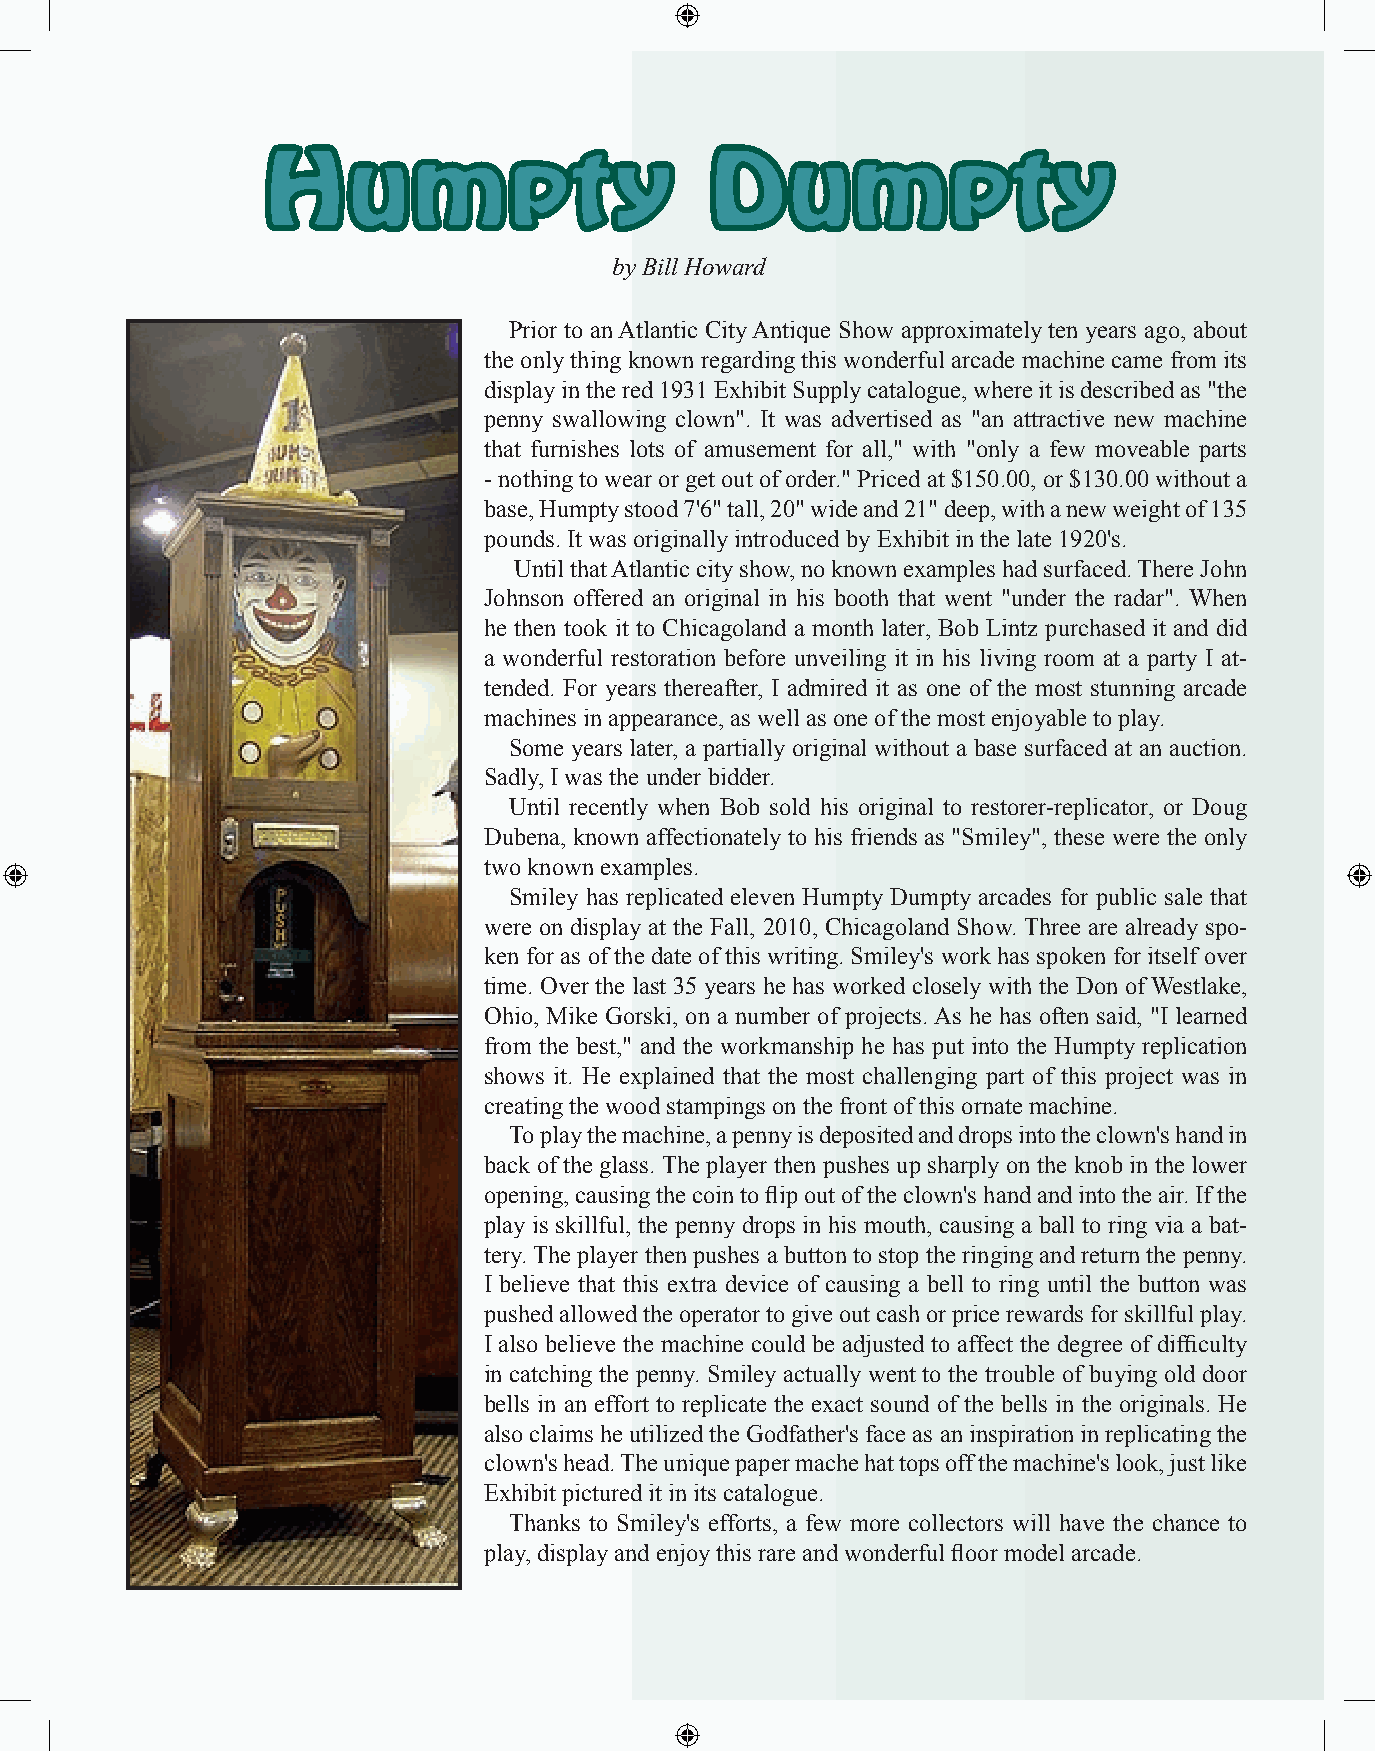
Humpty                       Dumpty
 by Bill Howard
 Prior to an Atlantic City Antique Show approximately ten years ago, about
 the only thing known regarding this wonderful arcade machine came from its
 display in the red 1931 Exhibit Supply catalogue, where it is described as "the
 penny swallowing clown". It was advertised as "an attractive new machine
 that furnishes lots of amusement for all," with "only a few moveable parts
 - nothing to wear or get out of order." Priced at $150.00, or $130.00 without a
 base, Humpty stood 7'6" tall, 20" wide and 21" deep, with a new weight of 135
 pounds. It was originally introduced by Exhibit in the late 1920's.
 Until that Atlantic city show, no known examples had surfaced. There John
 Johnson offered an original in his booth that went "under the radar". When
 he then took it to Chicagoland a month later, Bob Lintz purchased it and did
 a wonderful restoration before unveiling it in his living room at a party I at-
 tended. For years thereafter, I admired it as one of the most stunning arcade
 machines in appearance, as well as one of the most enjoyable to play.
 Some years later, a partially original without a base surfaced at an auction.
 Sadly, I was the under bidder.
 Until recently when Bob sold his original to restorer-replicator, or Doug
 Dubena, known affectionately to his friends as "Smiley", these were the only
 two known examples.
 Smiley has replicated eleven Humpty Dumpty arcades for public sale that
 were on display at the Fall, 2010, Chicagoland Show. Three are already spo-
 ken for as of the date of this writing. Smiley's work has spoken for itself over
 time. Over the last 35 years he has worked closely with the Don of Westlake,
 Ohio, Mike Gorski, on a number of projects. As he has often said, "I learned
 from the best," and the workmanship he has put into the Humpty replication
 shows it. He explained that the most challenging part of this project was in
 creating the wood stampings on the front of this ornate machine.
 To play the machine, a penny is deposited and drops into the clown's hand in
 back of the glass. The player then pushes up sharply on the knob in the lower
 opening, causing the coin to flip out of the clown's hand and into the air. If the
 play is skillful, the penny drops in his mouth, causing a ball to ring via a bat-
 tery. The player then pushes a button to stop the ringing and return the penny.
 I believe that this extra device of causing a bell to ring until the button was
 pushed allowed the operator to give out cash or price rewards for skillful play.
 I also believe the machine could be adjusted to affect the degree of difficulty
 in catching the penny. Smiley actually went to the trouble of buying old door
 bells in an effort to replicate the exact sound of the bells in the originals. He
 also claims he utilized the Godfather's face as an inspiration in replicating the
 clown's head. The unique paper mache hat tops off the machine's look, just like
 Exhibit pictured it in its catalogue.
 Thanks to Smiley's efforts, a few more collectors will have the chance to
 play, display and enjoy this rare and wonderful floor model arcade.
 15